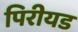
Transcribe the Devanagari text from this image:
पिरीयड